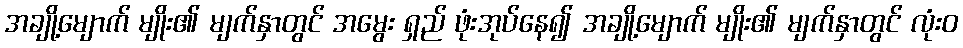
အချို့မျောက် မျိုး၏ မျက်နှာတွင် အမွေး ရှည် ဖုံးအုပ်နေ၍ အချို့မျောက် မျိုး၏ မျက်နှာတွင် လုံးဝ